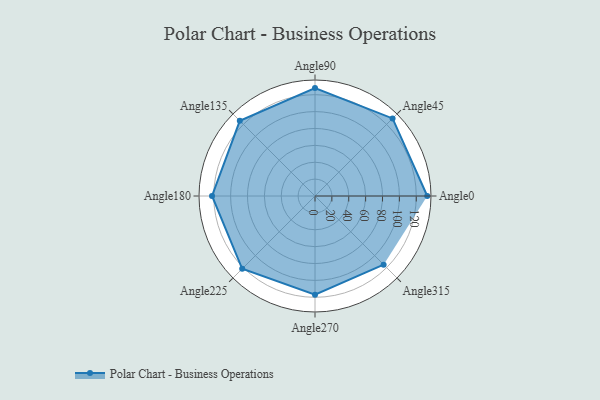
{"axis": {"x": "Angle", "y": "Radius"}, "legend": [""], "data": [{"x": "Angle0", "y": 133.0, "type": ""}, {"x": "Angle45", "y": 130.0, "type": ""}, {"x": "Angle90", "y": 128.0, "type": ""}, {"x": "Angle135", "y": 126.0, "type": ""}, {"x": "Angle180", "y": 122.0, "type": ""}, {"x": "Angle225", "y": 122.0, "type": ""}, {"x": "Angle270", "y": 117.0, "type": ""}, {"x": "Angle315", "y": 115.0, "type": ""}]}